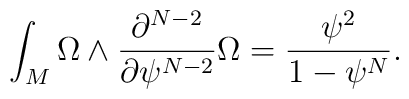
\int_M \Omega \wedge \frac{\partial^{N-2}}{\partial \psi^{N-2}} \Omega= \frac{\psi^2}{1-\psi^N}.